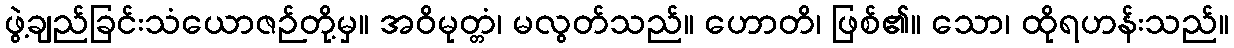
ဖွဲ့ချည်ခြင်းသံယောဇဉ်တို့မှ။ အဝိမုတ္တံ၊ မလွတ်သည်။ ဟောတိ၊ ဖြစ်၏။ သော၊ ထိုရဟန်းသည်။